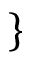
\}